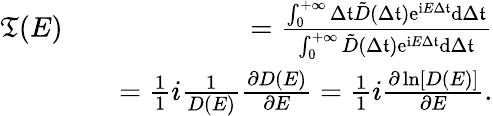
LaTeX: \begin{array}{rlr}{\mathfrak{T}(E)}&{}&{=\frac{\int_{0}^{+\infty}{\Delta\mathfrak{t}}\tilde{D}(\Delta\mathfrak{t})\mathrm{e}^{\mathrm{i}E\Delta\mathfrak{t}}\mathrm{d}{\Delta\mathfrak{t}}}{\int_{0}^{+\infty}\tilde{D}(\Delta\mathfrak{t})\mathrm{e}^{\mathrm{i}E\Delta\mathfrak{t}}\mathrm{d}{\Delta\mathfrak{t}}}}\\ &{}&{=\frac{1}{1}{i}\frac{1}{D(E)}\frac{\partial D(E)}{\partial E}=\frac{1}{1}{i}\frac{\partial\ln[D(E)]}{\partial E}.}\end{array}